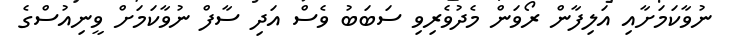
ނުވާކަމަށާއި އަލިފާން ރޯވަން މެދުވެރިވި ސަބަބު ވެސް އަދި ސާފް ނުވާކަމަށް ވީނިއުސްގެ